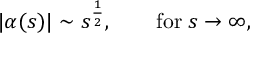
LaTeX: | \alpha ( s ) | \sim s ^ { \frac { 1 } { 2 } } , \qquad \mathrm { f o r } \; s \to \infty ,